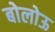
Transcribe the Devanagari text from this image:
बोलोऊ